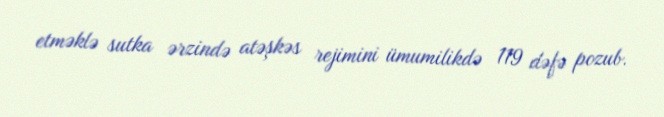
etməklə sutka ərzində atəşkəs rejimini ümumilikdə 119 dəfə pozub.